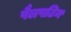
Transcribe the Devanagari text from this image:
पैलपटिन